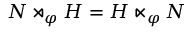
N \rtimes _ { \varphi } H = H \ltimes _ { \varphi } N